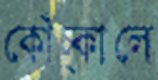
কোঁচ্‌কালে